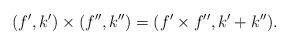
LaTeX: \begin{gather*}(f',k')\times(f'',k'') = (f'\times f'',k'+k'').\end{gather*}